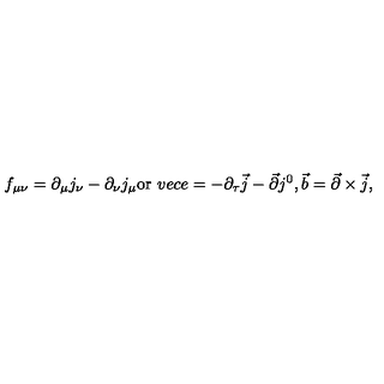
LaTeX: f _ { \mu \nu } = \partial _ { \mu } j _ { \nu } - \partial _ { \nu } j _ { \mu } \mathrm { o r } \ v e c { e } = - \partial _ { \tau } \vec { j } - \vec { \partial } j ^ { 0 } , \vec { b } = \vec { \partial } \times \vec { j } ,